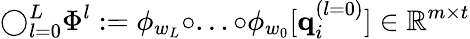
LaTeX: \bigcirc_{l=0}^{L}\Phi^{l}:=\phi_{w_{L}}\circ...\circ\phi_{w_{0}}[\mathbf{q}_{i}^{(l=0)}]\in\mathbb{R}^{m\times t}